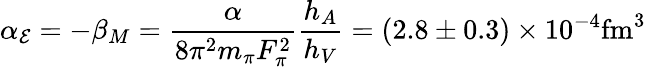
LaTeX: \alpha_{\mathcal{E}}=-\beta_{M}={\frac{{\alpha}}{{8\pi^{2}m_{\pi}F_{\pi}^{2}}}}{\frac{{h_{A}}}{{h_{V}}}}=(2.8\pm0.3)\times10^{-4}\mathrm{{fm}}^{3}